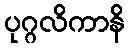
ပုဂ္ဂလိကာနိ